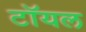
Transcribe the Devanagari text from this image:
टॉयल